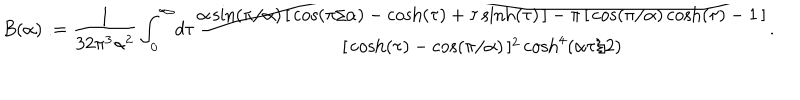
B ( \alpha ) : = \frac { 1 } { 3 2 \pi ^ { 3 } \alpha ^ { 2 } } \int _ { 0 } ^ { \infty } \! d \tau \frac { \alpha \sin ( \pi / \alpha ) \, [ \, \cos ( \pi / \alpha ) - \cosh ( \tau ) + \tau \sinh ( \tau ) \, ] - \pi \, [ \, \cos ( \pi / \alpha ) \cosh ( \tau ) - 1 \, ] } { [ \, \cosh ( \tau ) - \cos ( \pi / \alpha ) \, ] ^ { 2 } \cosh ^ { 4 } ( \alpha \tau / 2 ) } .